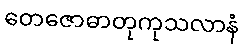
တေဇောဓာတုကုသလာနံ